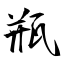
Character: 瓶